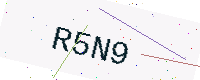
Text: R5N9